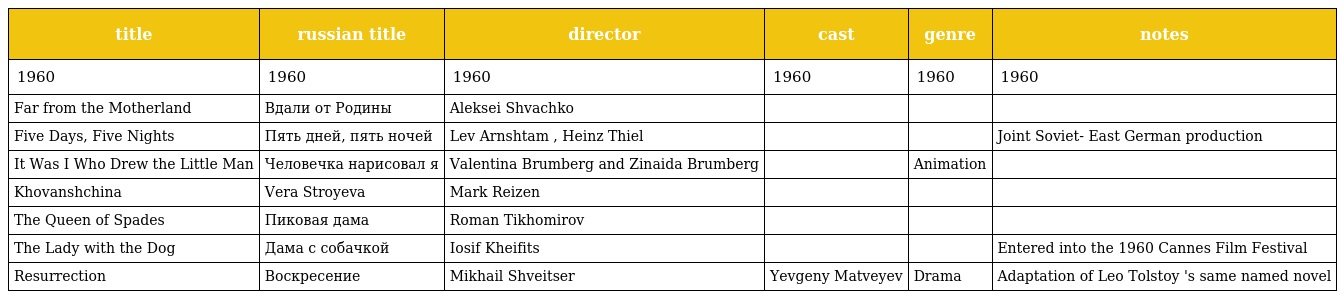
| title | russian title | director | cast | genre | notes |
 | --- | --- | --- | --- | --- | --- |
 | 1960 | 1960 | 1960 | 1960 | 1960 | 1960 |
 | Far from the Motherland | Вдали от Родины | Aleksei Shvachko |  |  |  |
 | Five Days, Five Nights | Пять дней, пять ночей | Lev Arnshtam , Heinz Thiel |  |  | Joint Soviet- East German production |
 | It Was I Who Drew the Little Man | Человечка нарисовал я | Valentina Brumberg and Zinaida Brumberg |  | Animation |  |
 | Khovanshchina | Vera Stroyeva | Mark Reizen |  |  |  |
 | The Queen of Spades | Пиковая дама | Roman Tikhomirov |  |  |  |
 | The Lady with the Dog | Дама с собачкой | Iosif Kheifits |  |  | Entered into the 1960 Cannes Film Festival |
 | Resurrection | Воскресение | Mikhail Shveitser | Yevgeny Matveyev | Drama | Adaptation of Leo Tolstoy 's same named novel |